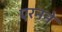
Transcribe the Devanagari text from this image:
एरनने